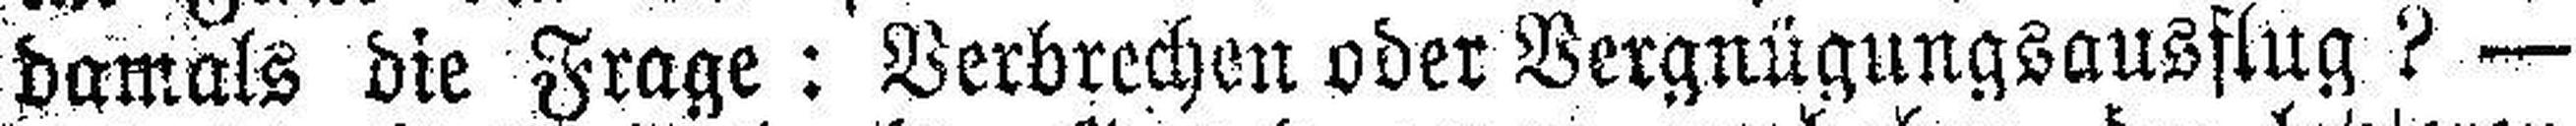
damals die Frage: Verbrechen oder Vergnügungsausflug ? —